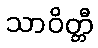
သာဝိတ္တီ